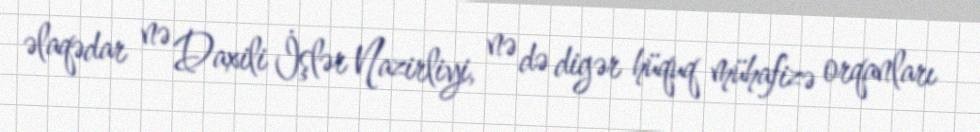
əlaqədar nə Daxili İşlər Nazirliyi, nə də digər hüquq mühafizə orqanları